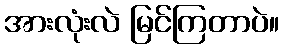
အားလုံးလဲ မြင်ကြတာပဲ။